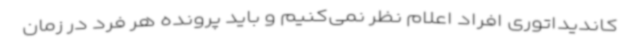
کاندیداتوری افراد اعلام نظر نمی‌کنیم و باید پرونده هر فرد در زمان